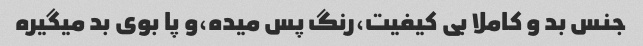
جنس بد و کاملا بی کیفیت،رنگ پس میده،و پا بوی بد میگیره